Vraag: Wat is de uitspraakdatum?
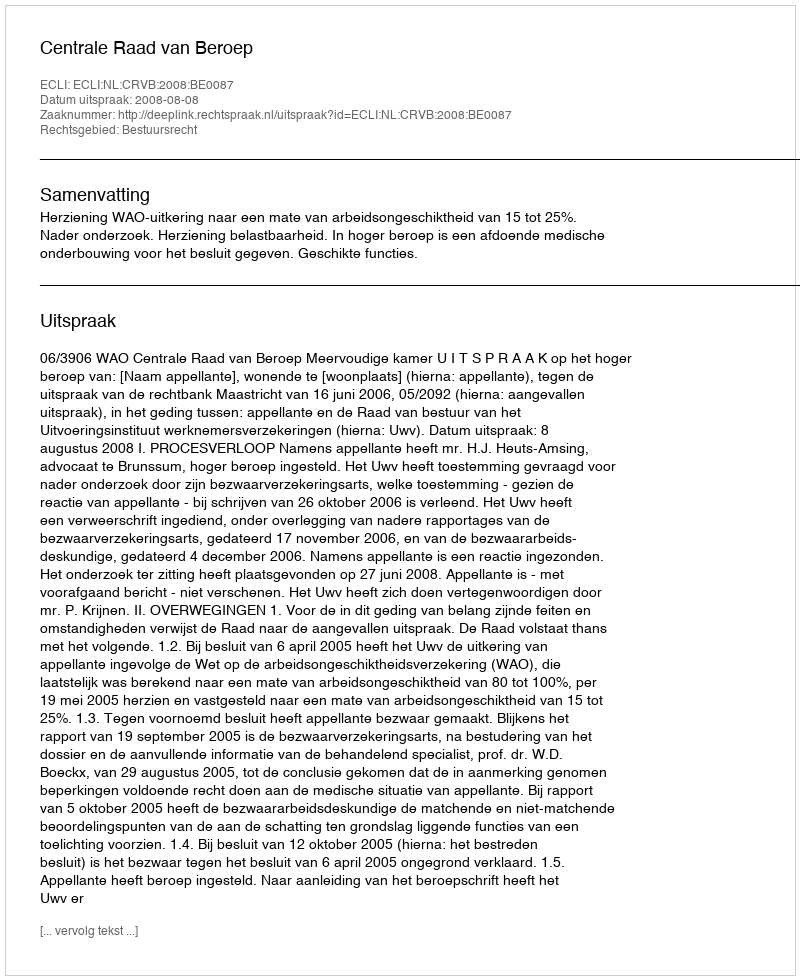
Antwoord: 2008-08-08